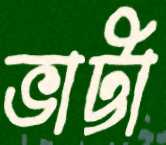
ভাট্টা